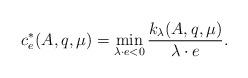
LaTeX: \begin{align*} c^*_e(A,q,\mu)=\min_{\lambda\cdot e<0} \frac{k_{\lambda}(A,q,\mu)}{\lambda\cdot e}.\end{align*}